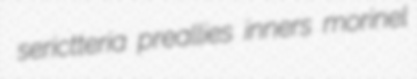
serictteria preallies inners morinel